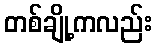
တစ်ချို့ကလည်း